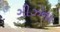
ગીઝના